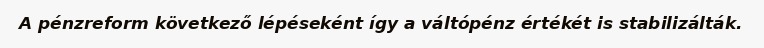
A pénzreform következő lépéseként így a váltópénz értékét is stabilizálták.